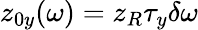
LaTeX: z_{0y}(\omega)=z_{R}\tau_{y}\delta\omega